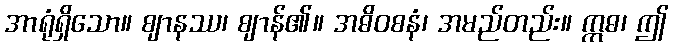
အာရုံရှိသော။ ဈာနဿ၊ ဈာန်၏။ အဓိဝစနံ၊ အမည်တည်း။ ဣဓ၊ ဤ